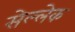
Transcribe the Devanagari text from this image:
सेल्लेक